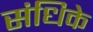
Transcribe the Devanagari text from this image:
संधिके